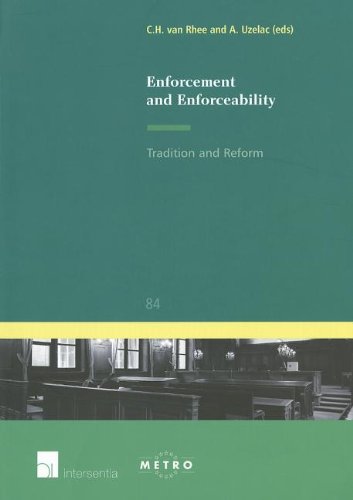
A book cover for Enforcement and Enforceability: Tradition and Reform (Ius Commune Europaeum); Law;